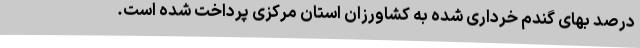
درصد بهای گندم خرداری شده به کشاورزان استان مرکزی پرداخت شده است.